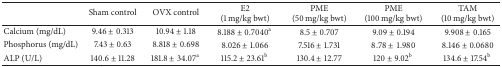
<table><thead><tr><td><b> </b></td><td><b>Sham control</b></td><td><b>OVX control</b></td><td><b>E2 (1 mg/kg bwt)</b></td><td><b>PME (50 mg/kg bwt)</b></td><td><b>PME (100 mg/kg bwt)</b></td><td><b>TAM (10 mg/kg bwt)</b></td></tr></thead><tbody><tr><td>Calcium (mg/dL)</td><td>9.46 ± 0.313</td><td>10.94 ± 1.18 </td><td>8.188 ± 0.7040<sup>a </sup></td><td>8.5 ± 0.707 </td><td>9.09 ± 0.194 </td><td>9.908 ± 0.165</td></tr><tr><td>Phosphorus (mg/dL)</td><td>7.43 ± 0.63</td><td>8.818 ± 0.698 </td><td>8.026 ± 1.066 </td><td>7.516 ± 1.731 </td><td>8.78 ± 1.980</td><td>8.146 ± 0.0680</td></tr><tr><td>ALP (U/L)</td><td>140.6 ± 11.28 </td><td>181.8 ± 34.07<sup>a </sup></td><td>115.2 ± 23.61<sup>b </sup></td><td>130.4 ± 12.77</td><td>120 ± 9.02<sup>b </sup></td><td>134.6 ± 17.54<sup>b </sup></td></tr></tbody></table>